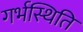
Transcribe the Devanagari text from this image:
गर्भस्थिति